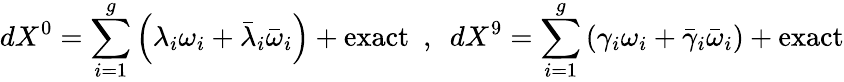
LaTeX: dX^{0}=\sum_{i=1}^{g}\left(\lambda_{i}\omega_{i}+\bar{\lambda}_{i}\bar{\omega}_{i}\right)+\mathrm{exact}~~,~~dX^{9}=\sum_{i=1}^{g}\left(\gamma_{i}\omega_{i}+\bar{\gamma}_{i}\bar{\omega}_{i}\right)+\mathrm{exact}